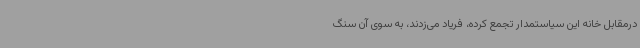
درمقابل خانه این سیاستمدار تجمع کرده، فریاد می‌زدند، به سوی آن سنگ